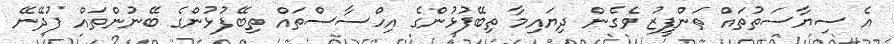
އެ ސިޔާސަތުތައް ތަންފީޒު ވެގެން ދިޔައިމާ ތިބޭފުޅުންގެ އިހްސާސްތައް ތިބޭފުޅުންގެ ބޭނުންތައް ފުދޭނޭ